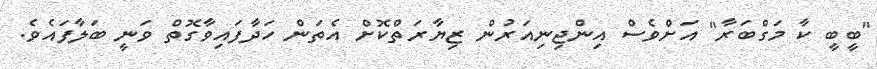
"ބީބީ ކާ މަގްބަރާ" އަށްވެސް އިންޖިނިއަރުން ޒިޔާރަތްކޮށް އެތަން ހަދާފައިވާގޮތް ވަނީ ބަލާފައެވެ.